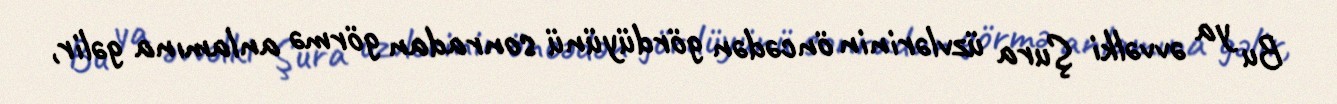
Bu ya əvvəlki Şura üzvlərinin öncədən gördüyünü sonradan görmə anlamına gəlir,